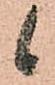
候